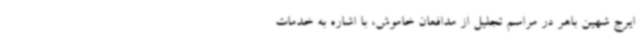
ایرج شهین باهر در مراسم تجلیل از مدافعان خاموش، با اشاره به خدمات